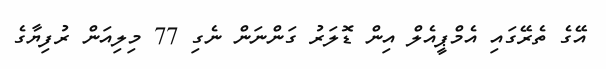
އޭގެ ތެރޭގައި އެމްޕީއެލް އިން ޑޮލަރު ގަންނަން ނެގި 77 މިލިއަން ރުފިޔާގެ